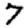
Digit: 7